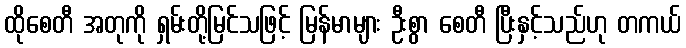
ထိုစေတီ အတုကို ရှမ်းတို့မြင်သဖြင့် မြန်မာများ ဦးစွာ စေတီ ပြီးနှင့်သည်ဟု တကယ်